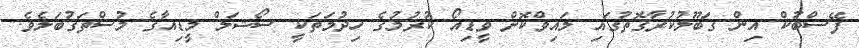
ފޭސްބުކް އިން ގަބޫލުކުރާގޮތުގައި ލައިވްކޮށް ވީޑިއޯ ކުރުމުގެ ހިދުމަތަކީ ސޯޝަލް މީޑިއާގެ މުސްތަގުބަލެވެ.